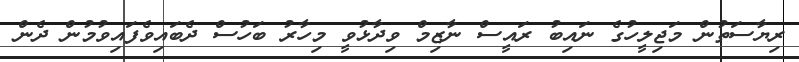
ރިޔާސަތުން މަޖިލީހުގެ ނައިބު ރައީސް ނާޒިމް ވިދާޅުވީ މިހާރު ބަހުސް ދެބައިވެފައިވުމުން ދެން